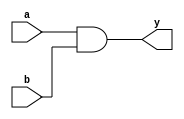
module imp_and(a,b,y);
input a,b;
output y;


assign y =a & b;

endmodule